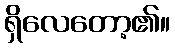
ရှိလေတော့၏။